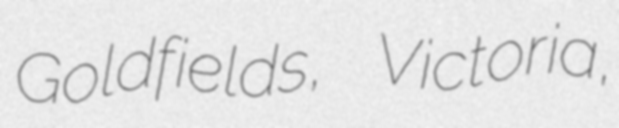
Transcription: Goldfields, Victoria,